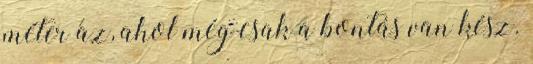
méter az, ahol még csak a bontás van kész.